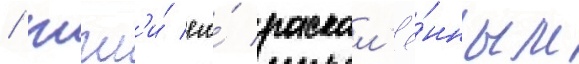
/ жгл'и́ его́ раскал'ё́нным